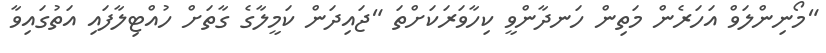
"މޯނިންލަވް އަހަރެން މަތިން ހަނދާންވީ ކިހާވަރަކަށްތަ "ޖައިދަން ކަމީލާގެ ގާތަށް ހުއްޓިލާފައި އަތުގައިވާ